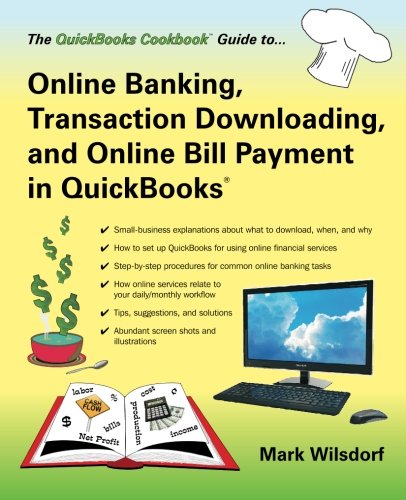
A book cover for Online Banking, Transaction Downloading, and Online Bill Payment in QuickBooks (The QuickBooks Cookbook Series); Mark Wilsdorf; Computers & Technology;